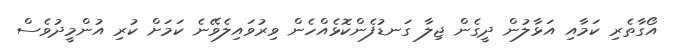
އޯގާތެރި ކަމާއި އަޅާލުން ދީގެން ޖިލާ ގަނޑުފެންކޮޅެއްހެން ވިރުވައިލެވޭނެ ކަމަށް ކުރި އުންމީދުވެސް